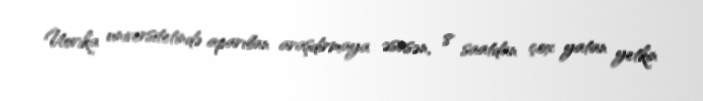
Uorika universitetində aparılan araşdırmaya əsasən, 8 saatdan çox yatan yetkin